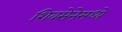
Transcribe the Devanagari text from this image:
शिवसेनेमध्ये